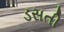
ડસતી